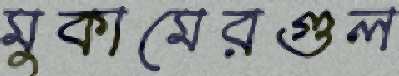
মুকামেরগুল